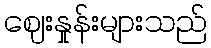
ဈေးနှုန်းများသည်